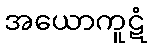
အယောကူဋံ